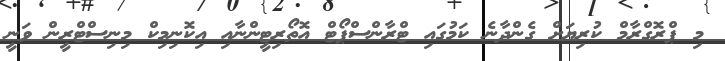
މި ޕްރޮގްރާމް ކުރިޔަށް ގެންދާނެ ކަމުގައި ޓްރާންސްޕޯޓް އޮތޯރިޓީންނާއި އިކޮނިމިކް މިނިސްޓްރީން ވަނީ